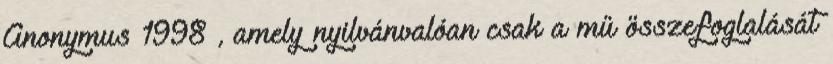
Anonymus 1998 , amely nyilvánvalóan csak a mű összefoglalását